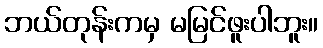
ဘယ်တုန်းကမှ မမြင်ဖူးပါဘူး။